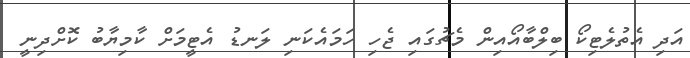
އަދި އެތުލެޓިކޯ ބިލްބާއޯއިން މެޗުގައި ޖެހި ހަމައެކަނި ލަނޑު އެޓީމަށް ކާމިޔާބު ކޮށްދިނީ